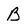
Character: B